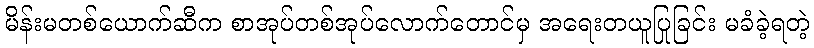
မိန်းမတစ်ယောက်ဆီက စာအုပ်တစ်အုပ်လောက်တောင်မှ အရေးတယူပြုခြင်း မခံခဲ့ရတဲ့